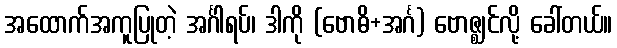
အထောက်အကူပြုတဲ့ အင်္ဂါရပ်၊ ဒါကို (ဗောဓိ+အင်္ဂ) ဗောဇ္ဈင်လို့ ခေါ်တယ်။